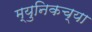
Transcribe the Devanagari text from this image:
म्युनिकच्या